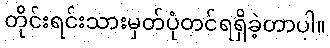
တိုင်းရင်းသားမှတ်ပုံတင်ရရှိခဲ့တာပါ။